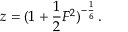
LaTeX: z = ( { 1 + { \frac { 1 } { 2 } } { \cal F } ^ { 2 } } ) ^ { - { \frac { 1 } { 6 } } } \, .